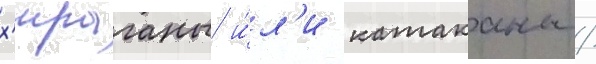
х'ираганы и́л'и катаканы /